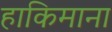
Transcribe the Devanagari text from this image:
हाकिमाना